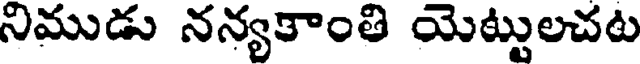
నిముడు నన్యకాంతి యెట్టులచట